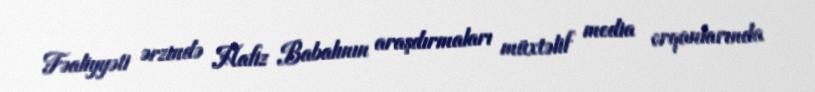
Fəaliyyəti ərzində Hafiz Babalının araşdırmaları müxtəlif media orqanlarında